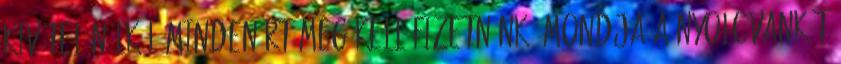
kivétel nélkül mindenért meg kell fizetnünk, mondja a nyolcvankét